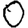
Digit: 0